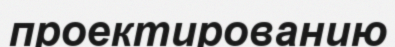
проектированию